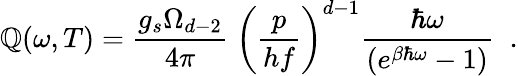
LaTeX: \mathbb{Q}(\omega,T)=\frac{{g_{s}\Omega_{d-2}}}{{4\pi}}\; \left(\frac{{p}}{{hf}}\right)^{d-1}\frac{{\hbar\omega}}{{(e^{\beta\hbar\omega}-1)}}\; \; .